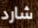
شارد